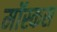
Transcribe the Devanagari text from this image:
मॉस्कस